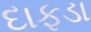
દાફડા